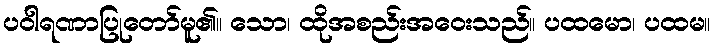
ပဝါရဏာပြုတော်မူ၏။ သော၊ ထိုအစည်းအဝေးသည်။ ပထမော၊ ပထမ။